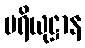
ပရိယုဋ္ဌာန